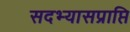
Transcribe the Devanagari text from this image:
सदभ्यासप्राप्ति